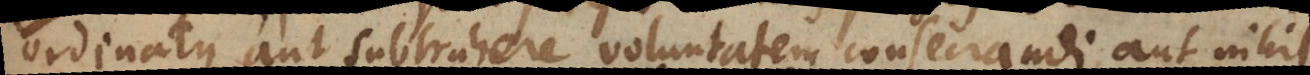
ordinatus aut subtrahere voluntatem consecrandi, aut nihil